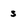
Character: s